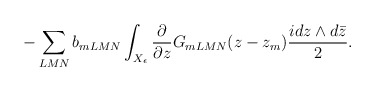
\begin{align*}-\sum_{LMN} b_{mLMN}\int_{X_\epsilon}\frac{\partial}{\partial z} G_{mLMN}(z-z_m) \frac{i dz\wedge d\bar z}{2}.\end{align*}